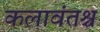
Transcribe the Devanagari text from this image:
कलावंतश्च